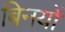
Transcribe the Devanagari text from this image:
बिनयों